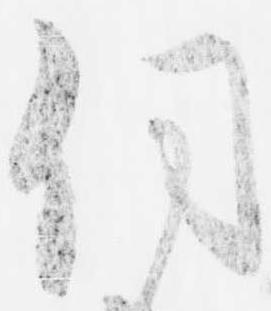
伺